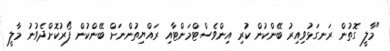
"މާލީ ގޮތުން ރަނގަޅުވިއިރު ބޭންކުން ކުރި އިންވެސްޓްމަންޓާއި ރައްޔިތުންނަށް ބޭންކުން ފޯރުކޮށްދެވުނު މާލީ